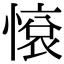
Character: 𢟦